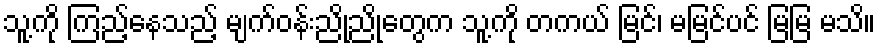
သူ့ကို ကြည့်နေသည့် မျက်ဝန်းညိုညိုတွေက သူ့ကို တကယ် မြင်၊ မမြင်ပင် မြမြ မသိ။